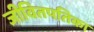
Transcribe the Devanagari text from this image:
जीवितपतिका